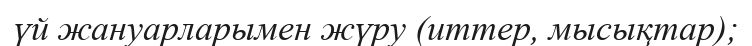
үй жануарларымен жүру (иттер, мысықтар);